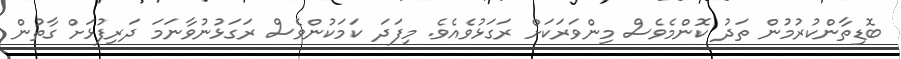
ބޮޑިތާންކުރުމުން ތަދު ކޮންމެވެސް މިންވަރަކަށް ރަގަޅުވެއެވެ. މިފަދަ ކަމަކުންވެސް ރަގަޅުނުވާނަމަ ދަރިފުޅަށް ގާތުން